Senior Leaving Certificate Examination (including Day School Certificate (Higher) General paper), 1950
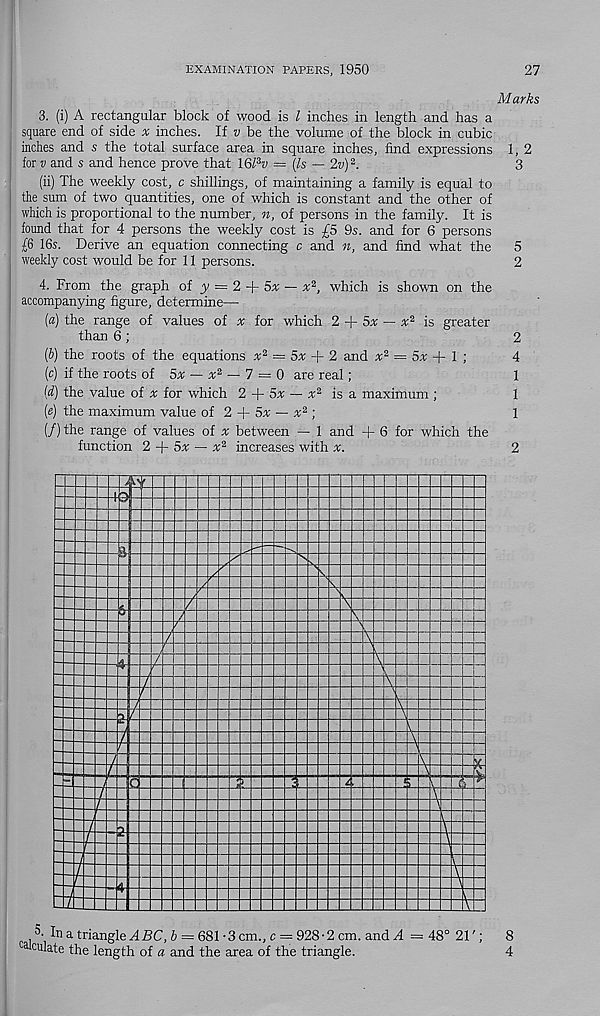
EXAMINATION PAPERS, 1950
27
Marks
3. (i) A rectangular block of wood is l inches in length and has a
square end of side * inches. If v be the volume of the block in cubic
inches and s the total surface area in square inches, find expressions 1, 2
for v and s and hence prove that 16l 3 v = (Is — 2v) 2 .
3
(ii) The weekly cost, c shillings, of maintaining a family is equal to
the sum of two quantities, one of which is constant and the other of
which is proportional to the number, n, of persons in the family. It is
found that for 4 persons the weekly cost is £5 9s. and for 6 persons
£6 16s. Derive an equation cormecting c and n, and find what the 5
weekly cost would be for 11 persons.
2
4. From the graph of y — 2 5x — x 2 , which is shown on the
accompanying figure, determine—
(a) the range of values of * for which 2 5x — x 2 is greater
than 6 ;
2
(b) the roots of the equations x 2 = 5x -j- 2 and
= 5^ + 1 ;
4
(c) if the roots of 5x — x 2 — 7 = 0 are real;
1
(d) the value of * for which 2
5x — x 2 is a maximum ;
1
(e) the maximum value oi 2 + 5x — x 2 ]
1
(/) the range of values of ^ between — 1 and + 6 for which the
function 2 + 5^; — x 2 increases with v.
2
13
$
3
I
t
S
5. In a triangle ADC, b = 681 -3 cm., c — 928-2 cm. and A — 48° 21'
ca culate the length of a and the area of the triangle.
oo